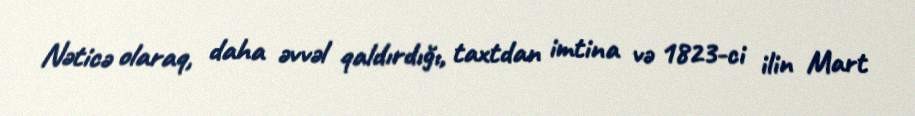
Nəticə olaraq, daha əvvəl qaldırdığı, taxtdan imtina və 1823-ci ilin Mart